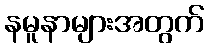
နမူနာများအတွက်